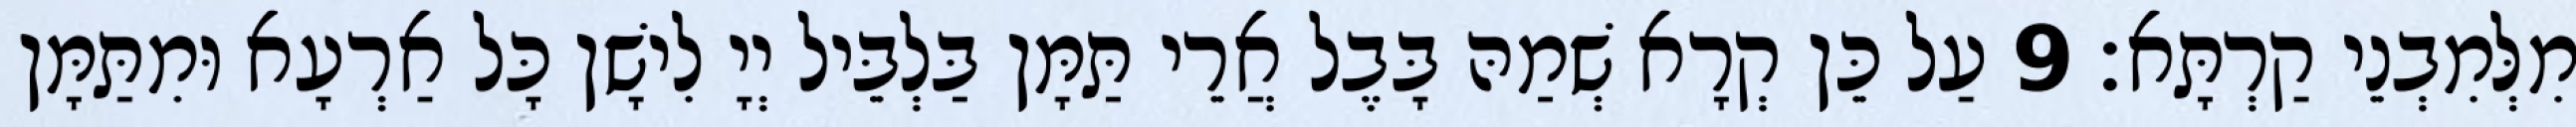
מִלְּמִבְנֵי קַרְתָּא׃ 9 עַל כֵּן קְרָא שְׁמַהּ בָּבֶל אֲרֵי תַּמָּן בַּלְבֵּיל יְיָ לִישָׁן כָּל אַרְעָא וּמִתַּמָּן